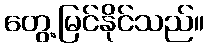
တွေ့မြင်နိုင်သည်။